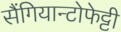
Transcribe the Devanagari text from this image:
सैंगियान्टोफेट्टी